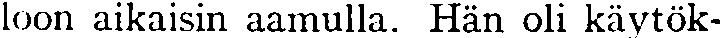
loon aikaisin aamulla. Hän oli käytök-